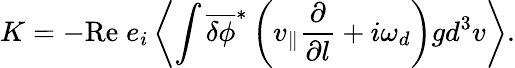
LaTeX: K=-\mathrm{Re}\; e_{i}\left\langle\int\overline{{\delta\phi}}^{\ast}\left(v_{\| }\frac{\partial}{\partial l}+i\omega_{d}\right)gd^{3}v\right\rangle.